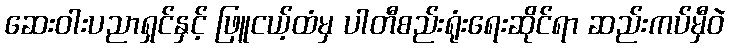
ဆေးဝါးပညာရှင်နှင့် ဖြူငယ့်ထံမှ ပါတီစည်းရုံးရေးဆိုင်ရာ ဆည်းကပ်မှီဝဲ